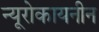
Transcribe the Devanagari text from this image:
न्यूरोकायनीन